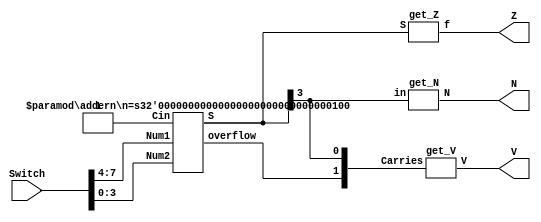

/* 
	Compares 2 Four-bit Numbers by using subtraction
	Three outputs: 
		Z = 1 if numbers are equal
		N = 1 if result is negative
		V = 1 if arithmetic overflow occurs
		(Z, N, V are 0 otherwise)
						
	Swithches (SW7-0) on DE10-Lite are used to enter numbers
	LEDR2-0 indicate V, N, and Z
	
*/

module Chp3_top (Switch, V, N, Z);


input [7:0] Switch;
output V, N, Z; // link these to the LEDs
wire [4:0] w;

addern U1 (
	.Cin(1'b1),					// subtraction
	.Num1(Switch[7:4]),
	.Num2(Switch[3:0]),
	.S(w[3:0]),
	.overflow(w[4])
	);
defparam U1.n = 4;

get_V U2 (w[4:3], V);
get_N U3 (w[3], N);
get_Z U4 (w[3:0], Z);


endmodule


module addern (Cin, Num1, Num2, S, overflow);
parameter n = 4;

input Cin;
input [n-1:0] Num1, Num2;
output [n-1:0] S;
output overflow;
wire [n-1:0] w1;
wire [n:0] w2;

xor(w1[3], Cin, Num2[3]),
	(w1[2], Cin, Num2[2]),
	(w1[1], Cin, Num2[1]),
	(w1[0], Cin, Num2[0]);
	
	
	
assign w2[0] = Cin;
assign overflow = w2[n] ^ w2[n-1];

genvar i;

generate 
	for (i = 0; i < n; i=i+1)
		begin: i_loop
			fulladd stage (w2[i], Num1[i], w1[i], S[i], w2[i+1]);
		end
endgenerate

endmodule

module fulladd (Cin, X, Y, S, Cout);
input Cin, X, Y;
output S, Cout;

assign S = Cin ^ X ^ Y;
assign Cout = (X&Y)|(Cin&X)|(Cin&Y);

endmodule

module get_V (Carries, V);
input [1:0] Carries;
output V;

xor(V, Carries);
endmodule

module get_N (in, N);
input in;
output N;

assign N = in;
endmodule

module get_Z(S, f);
input [3:0] S;
output f;

assign f = !S;
endmodule